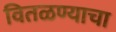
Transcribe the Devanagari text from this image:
वितळण्याचा